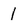
Character: 1